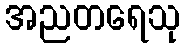
အညတရေသု